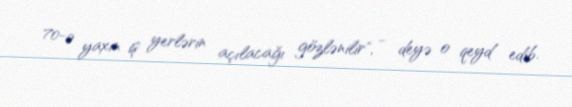
70-ə yaxın iş yerlərin açılacağı gözlənilir", - deyə o qeyd edib.